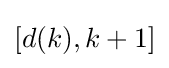
[d(k),k+1]